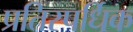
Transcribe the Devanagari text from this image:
प्रतिस्पर्धिक